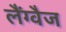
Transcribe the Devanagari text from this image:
लैंग्वैज